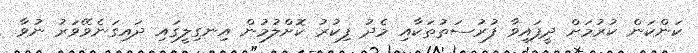
ކަންކަން ކުރުމަށް ދީފައިވާ ފުރުސަތުތަކާއި މެދު ފިކުރު ކޮށްލުމުން އިނގިލީގައި ދައިގަނެވޭވަރު ނުވާ